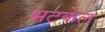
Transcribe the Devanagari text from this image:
भटकेल